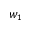
w _ { 1 }